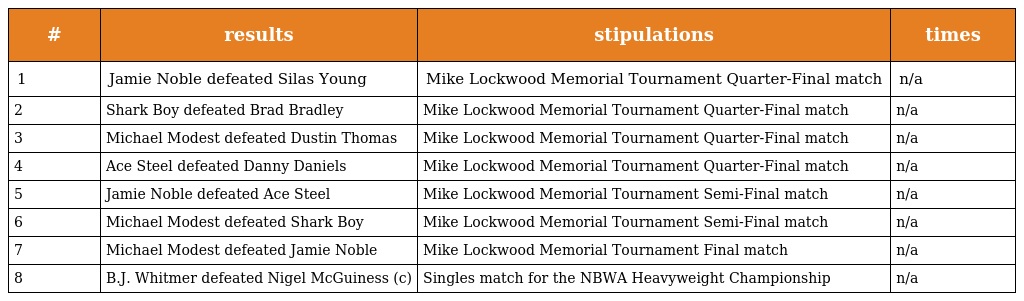
| # | results | stipulations | times |
 | --- | --- | --- | --- |
 | 1 | Jamie Noble defeated Silas Young | Mike Lockwood Memorial Tournament Quarter-Final match | n/a |
 | 2 | Shark Boy defeated Brad Bradley | Mike Lockwood Memorial Tournament Quarter-Final match | n/a |
 | 3 | Michael Modest defeated Dustin Thomas | Mike Lockwood Memorial Tournament Quarter-Final match | n/a |
 | 4 | Ace Steel defeated Danny Daniels | Mike Lockwood Memorial Tournament Quarter-Final match | n/a |
 | 5 | Jamie Noble defeated Ace Steel | Mike Lockwood Memorial Tournament Semi-Final match | n/a |
 | 6 | Michael Modest defeated Shark Boy | Mike Lockwood Memorial Tournament Semi-Final match | n/a |
 | 7 | Michael Modest defeated Jamie Noble | Mike Lockwood Memorial Tournament Final match | n/a |
 | 8 | B.J. Whitmer defeated Nigel McGuiness (c) | Singles match for the NBWA Heavyweight Championship | n/a |